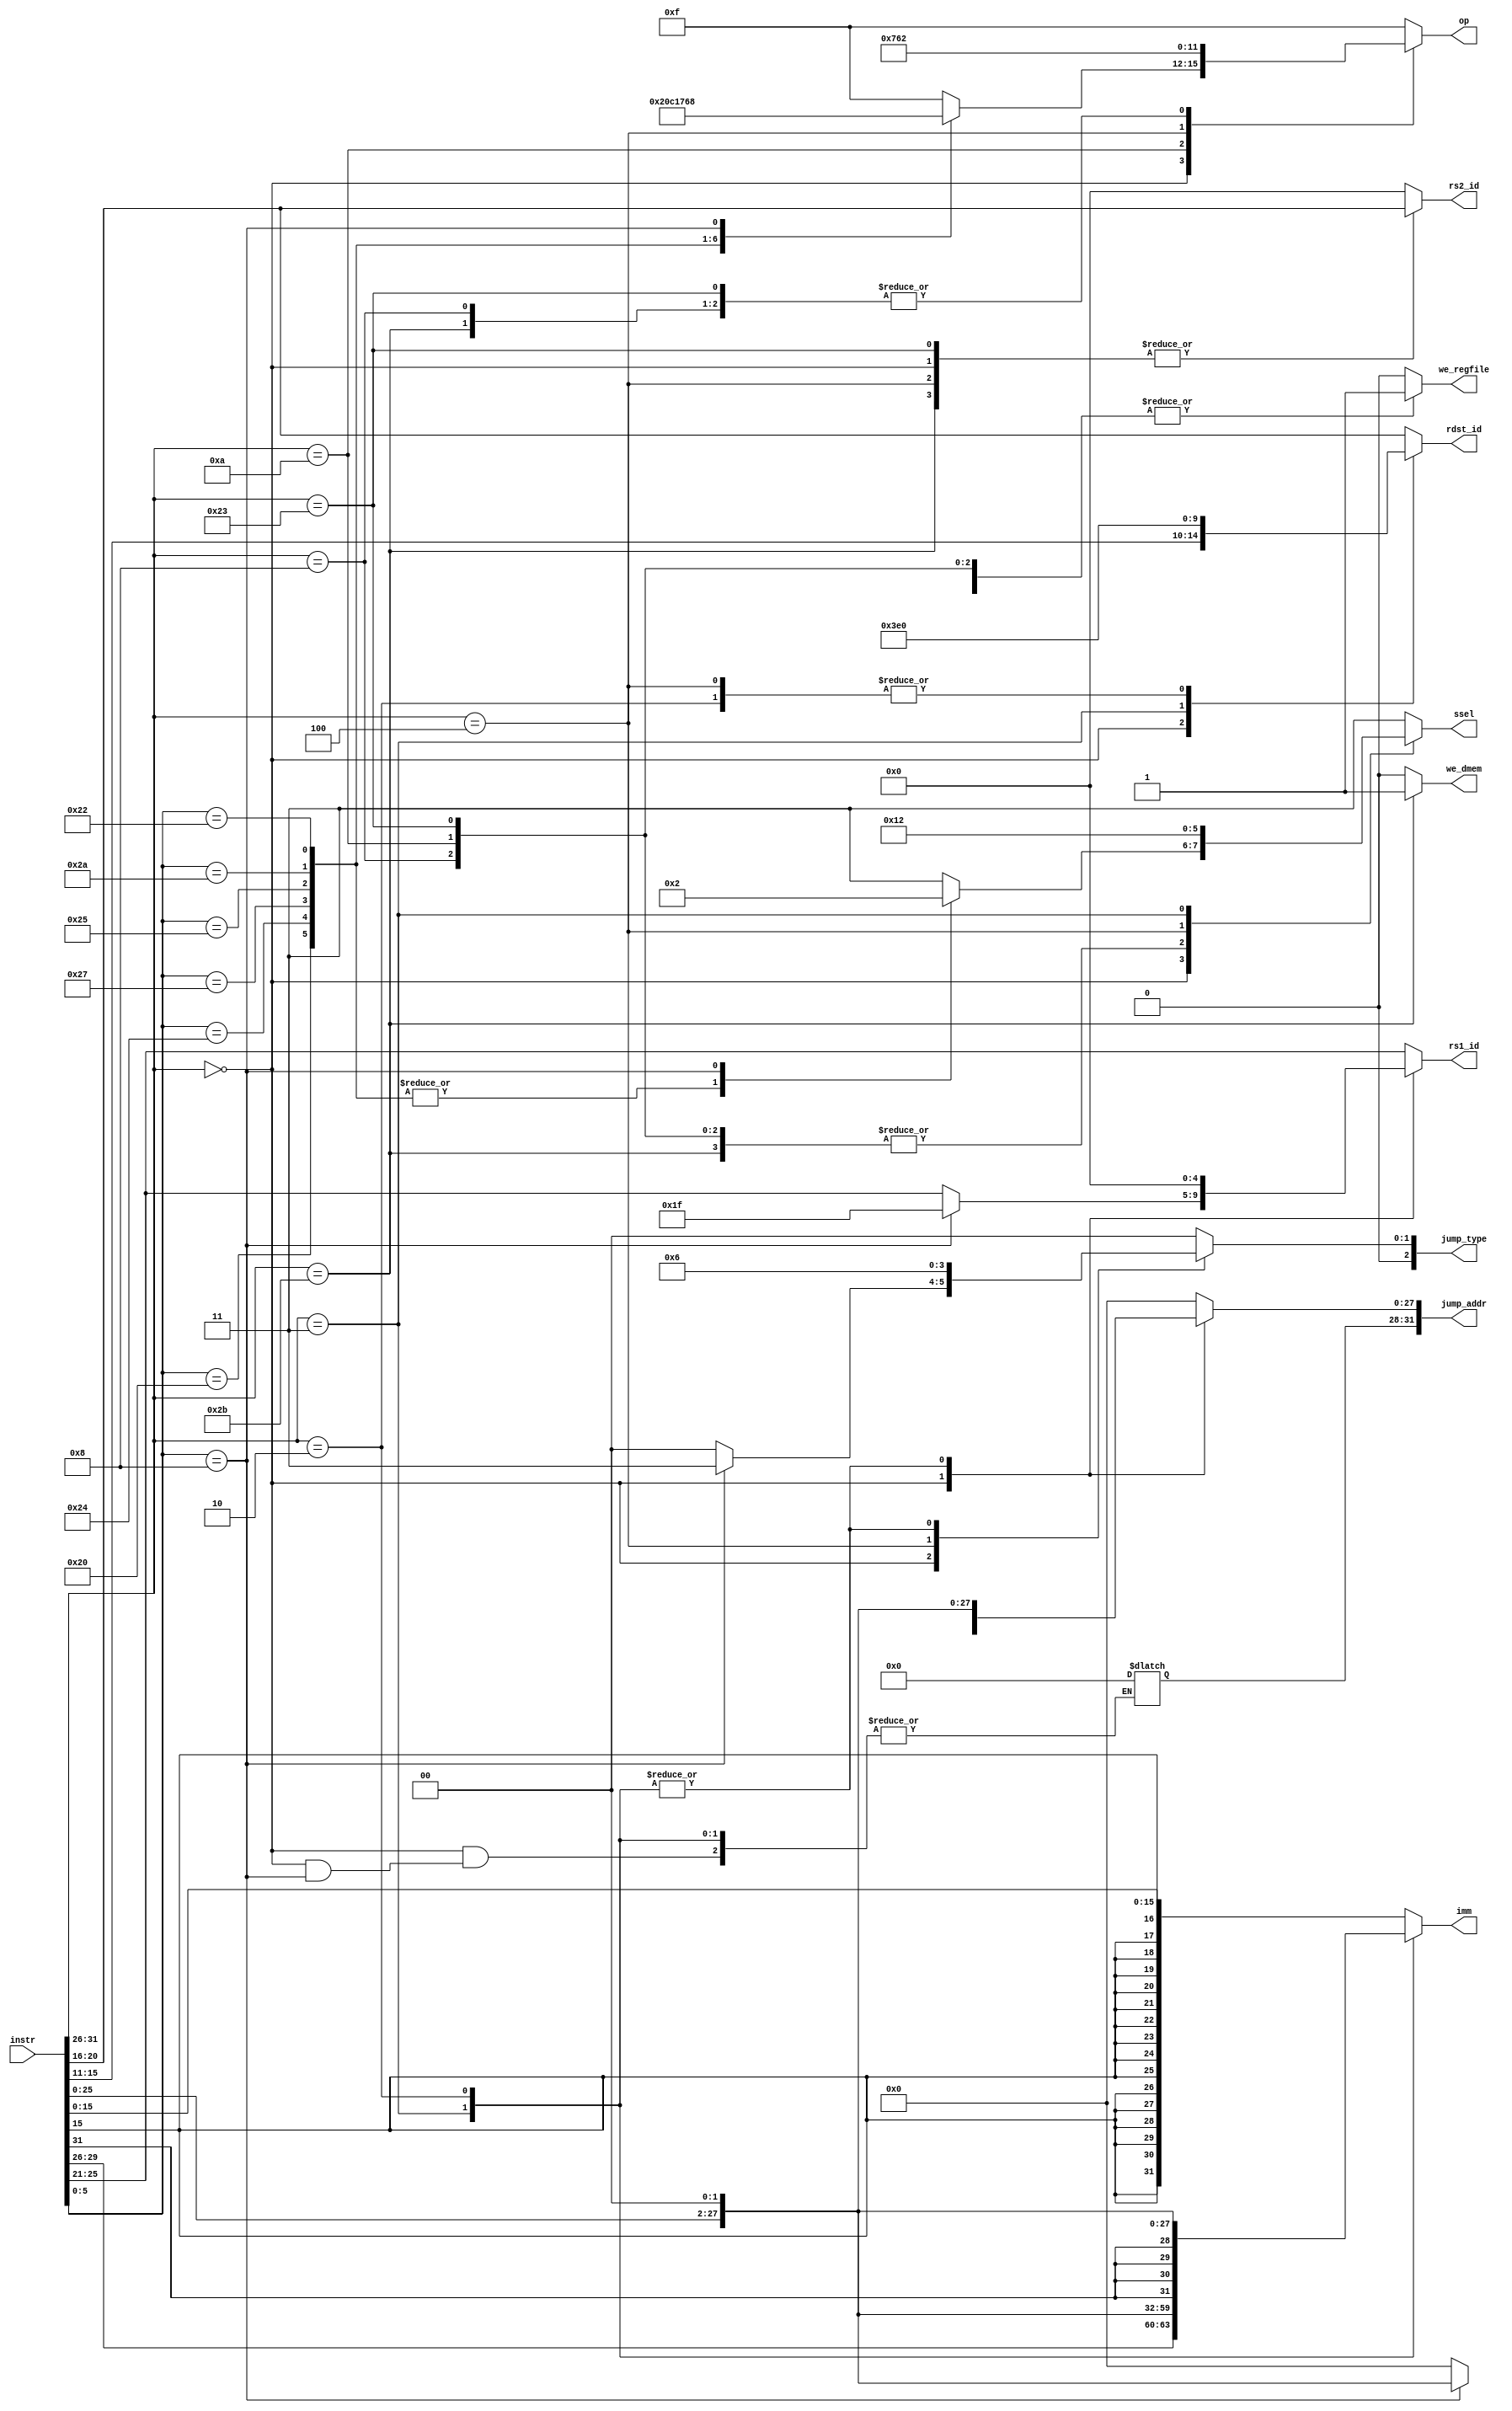
module decode #(parameter DWIDTH = 32)
(
    input [DWIDTH-1:0]  instr,   // Input instruction.

    output reg [2 : 0]        jump_type,
    output reg [DWIDTH-1 : 0] jump_addr, // the address will jump to
    output reg              we_regfile,  // Write enable for the register file.
    output reg              we_dmem,      // Write enable for the data memory.
    output reg [3 : 0]      op,      // Operation code for the ALU.
    output reg [1 : 0]      ssel,    // Select the signal for either the immediate value or rs2.

    output reg signed [DWIDTH-1:0] imm,     // The immediate value (if used).
    output reg [4 : 0]      rs1_id,  // register ID for rs.
    output reg [4 : 0]      rs2_id,  // register ID for rt (if used).
    output reg [4 : 0]      rdst_id // register ID for rd or rt (if used).
);

/***************************************************************************************
    ---------------------------------------------------------------------------------
    | R_type |    |   opcode   |   rs   |   rt   |   rd   |   shamt   |    funct    |
    ---------------------------------------------------------------------------------
    | I_type |    |   opcode   |   rs   |   rt   |             immediate            |
    ---------------------------------------------------------------------------------
    | J_type |    |   opcode   |                     address                        |
    ---------------------------------------------------------------------------------
                   31        26 25    21 20    16 15    11 10        6 5           0
 ***************************************************************************************/

    localparam [3:0] OP_AND = 4'b0000,
                     OP_OR  = 4'b0001,
                     OP_ADD = 4'b0010,
                     OP_SUB = 4'b0110,
                     OP_NOR = 4'b1100,
                     OP_SLT = 4'b0111,
                     OP_JR = 4'b1000,
                     OP_NOT_DEFINED = 4'b1111;

     // Instruction field extraction
    wire [5:0] op_code = instr[31:26];
    wire [4:0] rs = instr[25:21];
    wire [4:0] rt = instr[20:16];
    wire [4:0] rd = instr[15:11];
    wire [4:0] shamt = instr[10:6];
    wire [5:0] funct = instr[5:0];
    wire [15:0] imm_val = instr[15:0];
    wire [25:0] jump_addr_val = instr[25:0];

    // Instruction decoding
    always @(*) begin

    //$display("");
    //$display("instr: 0x%08x", instr);
        case (op_code)
            6'b000000: begin // If op_code is 000000, then it will be R-type
                case(funct)
                    6'b100000:begin
                        op = OP_ADD;
                        ssel = 2'b00; // Use rs2
                        rs1_id = rs;
                        jump_type = 3'b000; // Not a jump instruction
                        jump_addr = 32'b0; // Not used
                    end

                    6'b100100:begin
                        op = OP_AND;
                        ssel = 2'b00; // Use rs2
                        rs1_id = rs;
                        jump_type = 3'b000; // Not a jump instruction
                        jump_addr = 32'b0; // Not used
                    end

                    6'b100111:begin
                        op = OP_NOR;
                        ssel = 2'b00; // Use rs2
                        rs1_id = rs;
                        jump_type = 3'b000; // Not a jump instruction
                        jump_addr = 32'b0; // Not used
                    end

                    6'b100101:begin
                        op = OP_OR;
                        ssel = 2'b00; // Use rs2
                        rs1_id = rs;
                        jump_type = 3'b000; // Not a jump instruction
                        jump_addr = 32'b0; // Not used
                    end

                    6'b101010:begin
                        op = OP_SLT;
                        ssel = 2'b00; // Use rs2
                        rs1_id = rs;
                        jump_type = 3'b000; // Not a jump instruction
                        jump_addr = 32'b0; // Not used
                    end

                    6'b100010:begin
                        op = OP_SUB;
                        ssel = 2'b00; // Use rs2
                        rs1_id = rs;
                        jump_type = 3'b000; // Not a jump instruction
                        jump_addr = 32'b0; // Not used
                    end

                    6'b001000:begin
                        op = OP_JR;
                        ssel = 2'b10; // Use rs2
                        rs1_id = 31;
                        jump_type = 3'b011; 
                        jump_addr[27:0] = jump_addr_val << 2;
                        //$display("JR");
                    end

                    default: begin
                        op = OP_NOT_DEFINED;
                        rs1_id = rs;
                        ssel = 2'b11;
                        jump_type = 3'b000; // Not a jump instruction
                        jump_addr = 32'b0; // Not used
                    end
                endcase
                imm = {{16{imm_val[15]}}, imm_val}; 
                rs2_id = rt;
                rdst_id = rd;
                we_regfile = 1'b1; // writing to the register file
                we_dmem = 1'b0; // Not writing to the data memory
            end

            6'b001000: begin // If op_code is 001000, then it will be addi in I-type
                op = OP_ADD;
                jump_type = 3'b000; // Not a jump instruction
                jump_addr = 32'b0; // Not used
                ssel = 2'b01; // Use immediate
                imm = {{16{imm_val[15]}}, imm_val}; // Sign-extend immediate
                rs1_id = rs;
                rs2_id = 5'b0;
                rdst_id = rt;
                we_regfile = 1'b1; // writing to the register file
                we_dmem = 1'b0; // Not writing to the data memory
            end

            6'b001010: begin // If op_code is 001010, then it will be slti in I-type
                op = OP_SLT;
                jump_type = 3'b000; // Not a jump instruction
                jump_addr = 32'b0; // Not used
                ssel = 2'b01; // Use immediate
                imm = {{16{imm_val[15]}}, imm_val}; // Sign-extend immediate
                rs1_id = rs;
                rs2_id = 5'b0;
                rdst_id = rt;
                we_regfile = 1'b1; // writing to the register file
                we_dmem = 1'b0; // Not writing to the data memory
            end

            6'b100011: begin // If op_code is 100011, then it will be lw in I-type
                op = OP_ADD; 
                jump_type = 3'b000; // Not a jump instruction
                jump_addr = 32'b0; // Not used
                ssel = 2'b01; // Use immediate
                imm = {{16{imm_val[15]}}, imm_val}; // Sign-extend immediate
                rs1_id = rs;
                rs2_id = rt; // Not used
                rdst_id = rt;
                we_regfile = 1'b1; // Not writing to the register file
                we_dmem = 1'b0; // Not writing to the data memory
                //$display("lw");
            end

            6'b101011: begin // If op_code is 101011, then it will be sw in I-type
                op = OP_ADD; 
                jump_type = 3'b000; // Not a jump instruction
                jump_addr = 32'b0; // Not used
                ssel = 2'b01; // Use immediate
                imm = {{16{imm_val[15]}}, imm_val}; // Sign-extend immediate
                rs1_id = rs;
                rs2_id = rt; 
                rdst_id = rt;
                we_regfile = 1'b0; // Not writing to the register file
                we_dmem = 1'b1; // Writing to the data memory
                //$display("sw");
            end

            6'b000100: begin // If op_code is 000100, then it will be beq in I-type
                op = OP_SUB; 
                jump_type = 3'b001; // jump instruction
                jump_addr = 32'b0; // Not used
                ssel = 2'b00; // Use immediate
                imm = {{16{imm_val[15]}}, imm_val}; // Sign-extend immediate
                rs1_id = rs;
                rs2_id = rt;
                rdst_id = 5'b0; // Not used
                we_regfile = 1'b0; // Not writing to the register file
                we_dmem = 1'b0; // Not writing to the data memory
            end

            6'b000011: begin // If op_code is 000011, then it will be jal in J-type
                op = OP_ADD; 
                jump_type = 3'b010; // JAL instruction
                jump_addr[27:0] = jump_addr_val << 2; // Jump address (sign-extended and shifted left by 2 bits)
                ssel = 2'b10; 
                imm = {{12{instr[31]}}, instr[31:0], 2'b0}; // Zero-extend immediate and shift left by 2 bits
                rs1_id = 5'b0; // Not used
                rs2_id = 5'b0; // Not used
                rdst_id = 31; 
                we_regfile = 1'b1; // writing to the register file
                we_dmem = 1'b0; // Not writing to the data memory
            end

            6'b000010: begin // If op_code is 000010, then it will be j in J-type
                op = OP_NOT_DEFINED; // Not specified, using ADD
                jump_type = 3'b010; // J instruction
                jump_addr[27:0] = jump_addr_val << 2; // Jump address (sign-extended and shifted left by 2 bits)
                ssel = 2'b11; // Use immediate
                imm = {{12{instr[31]}}, jump_addr_val, 2'b0}; // Zero-extend immediate and shift left by 2 bits
                rs1_id = 5'b0; // Not used
                rs2_id = 5'b0; // Not used
                rdst_id = 5'b0; // Not used
                we_regfile = 1'b0; // Not writing to the register file
                we_dmem = 1'b0; // Not writing to the data memory
            end

            default: begin
                op = OP_NOT_DEFINED;
                jump_type = 3'b000; // Not a jump instruction
                jump_addr = 32'b0; // Not used
                ssel = 2'b11;
                imm = {{16{imm_val[15]}}, imm_val}; // Sign-extend immediate
                rs1_id = rs;
                rs2_id = 5'b0;
                rdst_id = rt;
                we_regfile = 1'b0; // Not writing to the register file
                we_dmem = 1'b0; // Not writing to the data memory
            end
        endcase
        //$display("reg_file: %d", we_regfile);
    end
endmodule